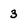
Character: 3